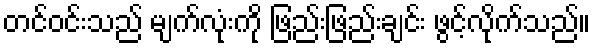
တင်ဝင်းသည် မျက်လုံးကို ဖြည်းဖြည်းချင်း ဖွင့်လိုက်သည်။